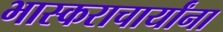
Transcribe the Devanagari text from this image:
भास्कराचार्यांना